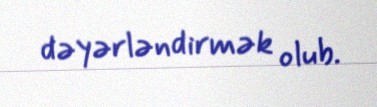
dəyərləndirmək olub.